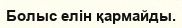
Болыс елін қармайды.